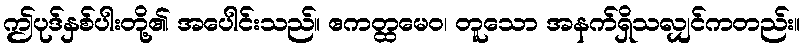
ဤပုဒ်နှစ်ပါးတို့၏ အပေါင်းသည်။ ဧကတ္ထမေဝ၊ တူသော အနက်ရှိသလျှင်ကတည်း။